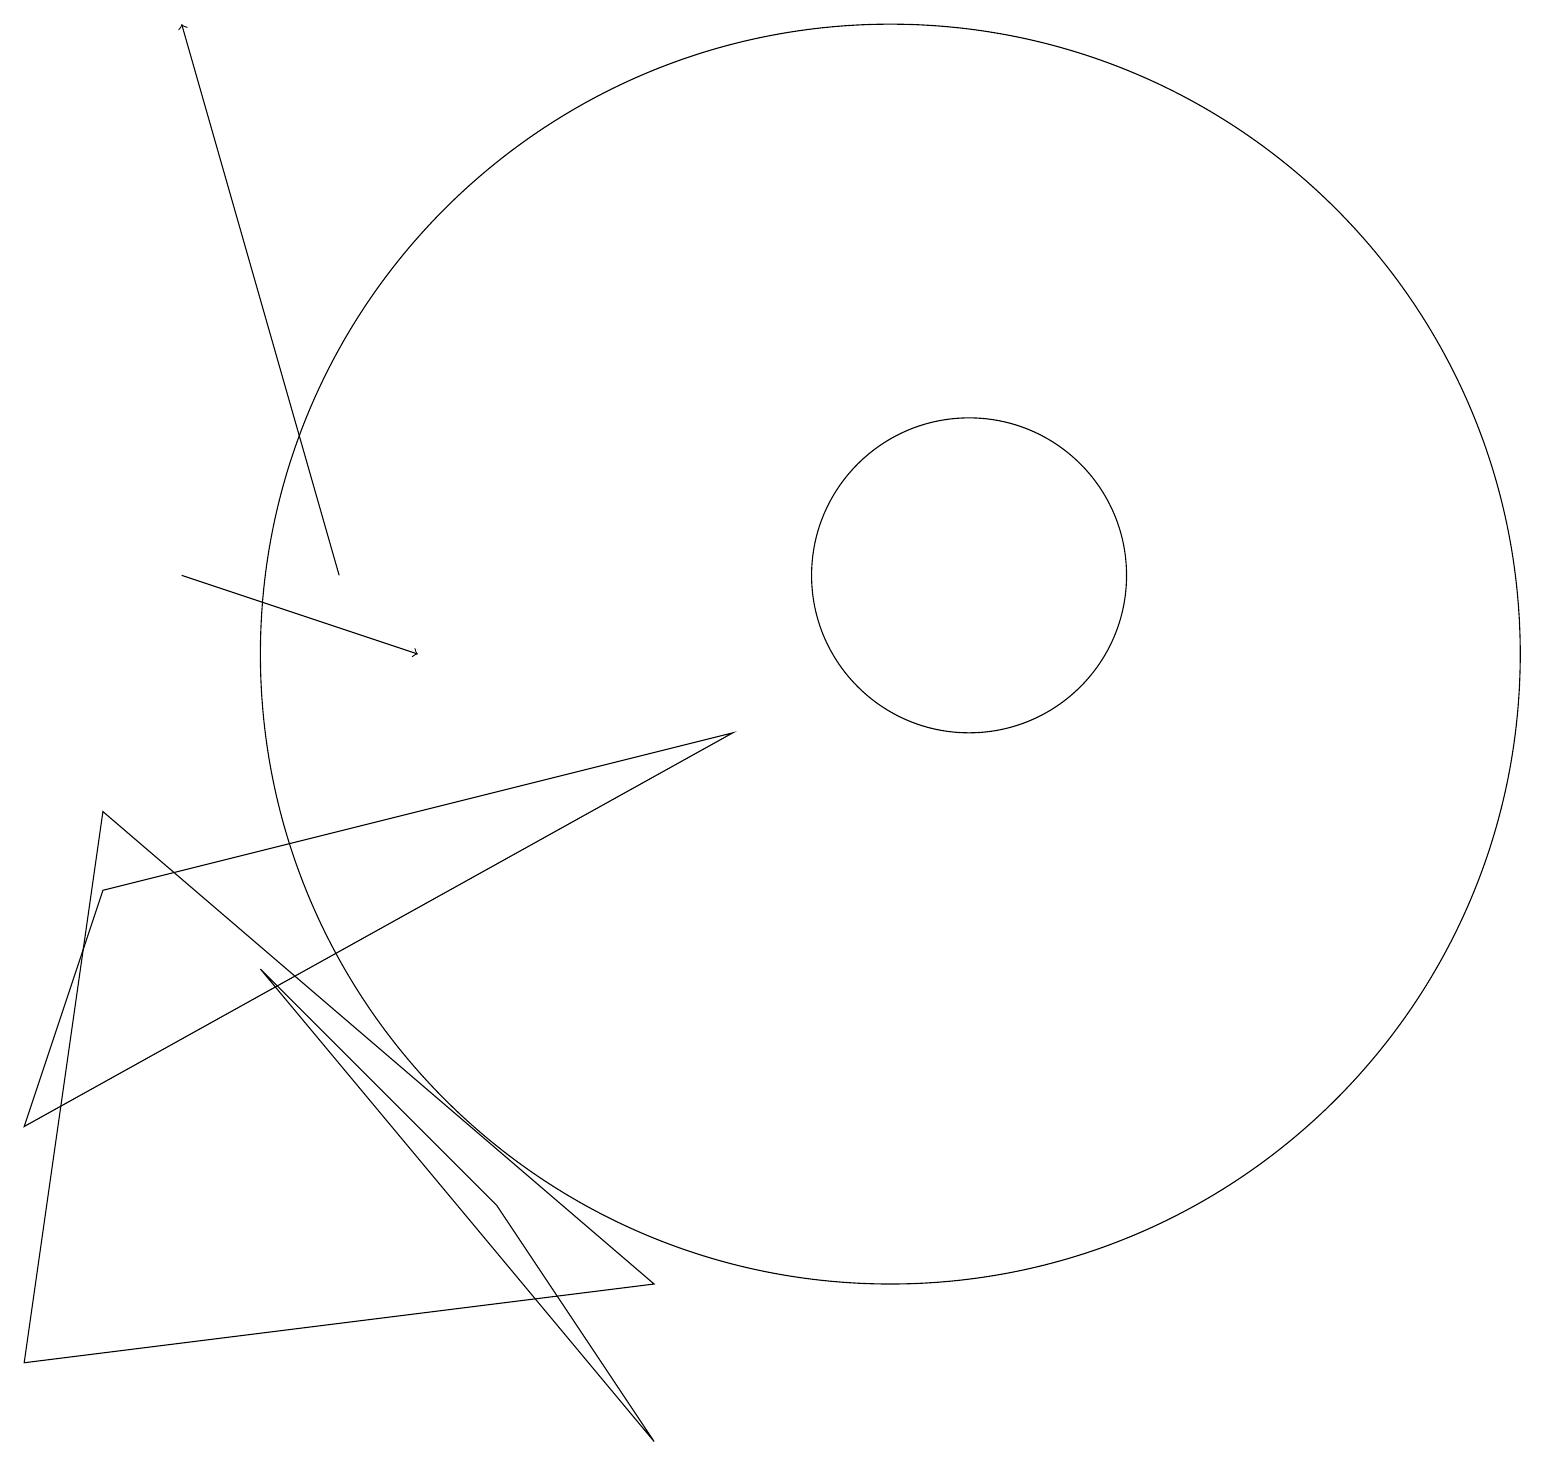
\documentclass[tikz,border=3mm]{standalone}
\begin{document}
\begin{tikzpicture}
\draw (3,6) -- (8,0) -- (6,3) -- cycle;
\draw (1,7) -- (0,4) -- (9,9) -- cycle;
\draw (12,11) circle (2);
\draw (8,2) -- (0,1) -- (1,8) -- cycle;
\draw[->] (4,11) -- (2,18);
\draw[->] (2,11) -- (5,10);
\draw (11,10) circle (8);
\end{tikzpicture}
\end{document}